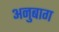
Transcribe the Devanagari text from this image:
अनुबाग